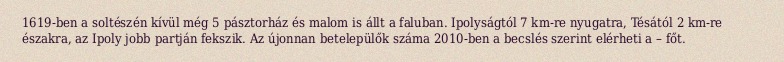
1619-ben a soltészén kívül még 5 pásztorház és malom is állt a faluban. Ipolyságtól 7 km-re nyugatra, Tésától 2 km-re északra, az Ipoly jobb partján fekszik. Az újonnan betelepülők száma 2010-ben a becslés szerint elérheti a – főt.